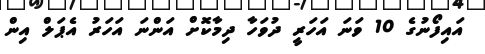
އައިފޯނުގެ 10 ވަނަ އަހަރީ ދުވަހާ ދިމާކޮށް އަންނަ އަހަރު އެޕަލް އިން